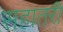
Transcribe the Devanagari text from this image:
सहातरी